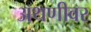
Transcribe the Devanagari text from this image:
अथणीवर